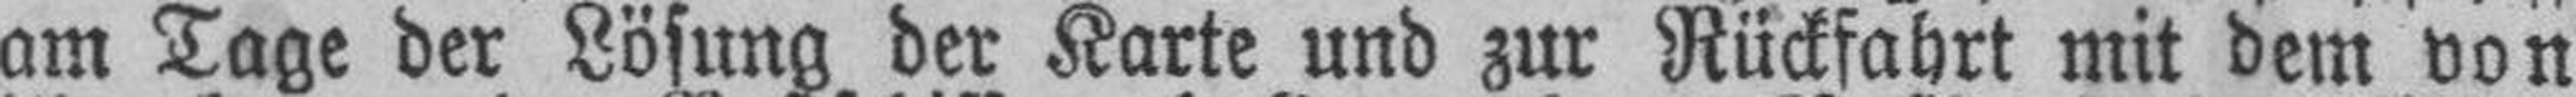
am Tage der Lösung der Karte und zur Rückfahrt mit dem von